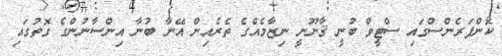
ކޮންފަރެންސްގައި ސްޓީވް ބުނީ ޤާނޫނީ ނިޒާމެއްގެ ތެރެއިން އޭނާ ބުނާ އިންސާނުންގެ ގޮތުގައި